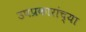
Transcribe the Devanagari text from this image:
उपप्रकारांच्या